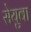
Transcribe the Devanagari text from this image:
सेयुवा